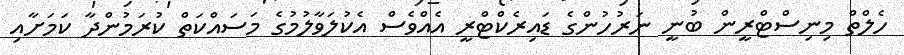
ހެލްތް މިނިސްޓްރީން ބުނީ ނަރުހުންގެ ޑައިރެކްޓްރީ އެއްވެސް އެކުލަވާލުމުގެ މަސައްކަތް ކުރަމުންދާ ކަމަށާއި